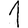
Digit: 1